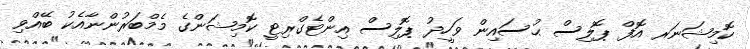
ކޮމިޝަނަރ އޮފް ޕޮލިސް ޙުސައިން ވަހީދު ޕޮލިސް އިންޓެގްރިޓީ ކޮމިޝަންގެ މެމްބަރުންނާއެކު ބޭއްވި